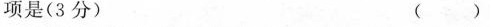
不正确的一